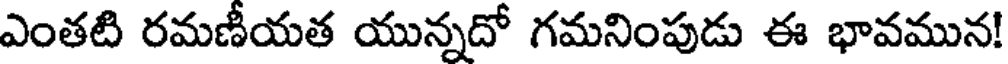
ఎంతటి రమణీయత యున్నదో గమనింపుడు ఈ భావమున!